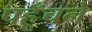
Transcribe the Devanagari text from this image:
पहूँचने